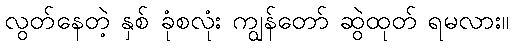
လွတ်နေတဲ့ နှစ် ခုံစလုံး ကျွန်တော် ဆွဲထုတ် ရမလား။